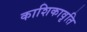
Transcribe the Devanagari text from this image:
काशिकावृति